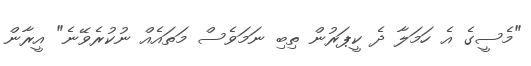
"މެސީގެ އެ ހަމަލާ ދެ ކީޕަރުން ތިބި ނަމަވެސް މަތައެއް ނުކުރެވޭނެ" އީރާން